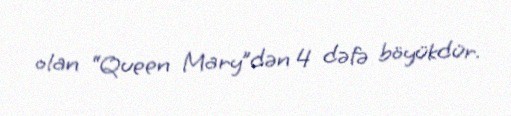
olan “Queen Mary”dən 4 dəfə böyükdür.